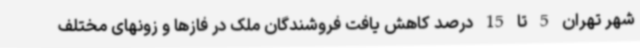
شهر تهران 5 تا 15 درصد کاهش یافت فروشندگان ملک در فازها و زونهای مختلف